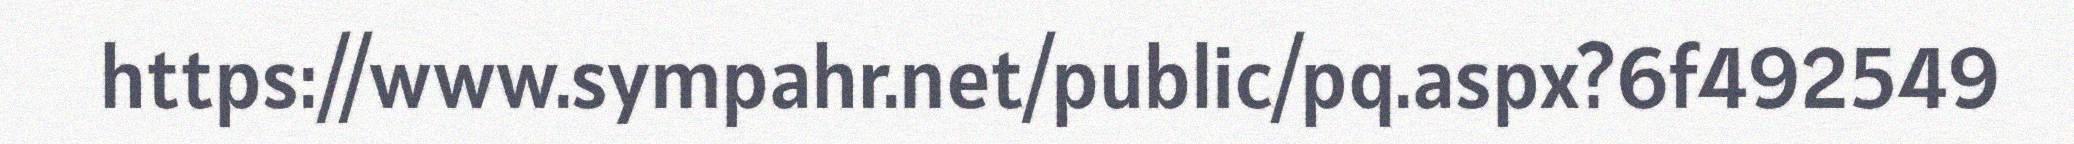
https://www.sympahr.net/public/pq.aspx?6f492549